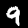
Label: 9